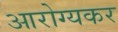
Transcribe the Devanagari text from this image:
आरोग्यकर